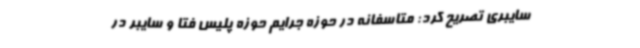
سایبری تصریح کرد: متاسفانه در حوزه جرایم حوزه پلیس فتا و سایبر در